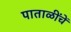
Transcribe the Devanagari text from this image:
पाताळींचें